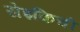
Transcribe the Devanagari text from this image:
सेइकिची